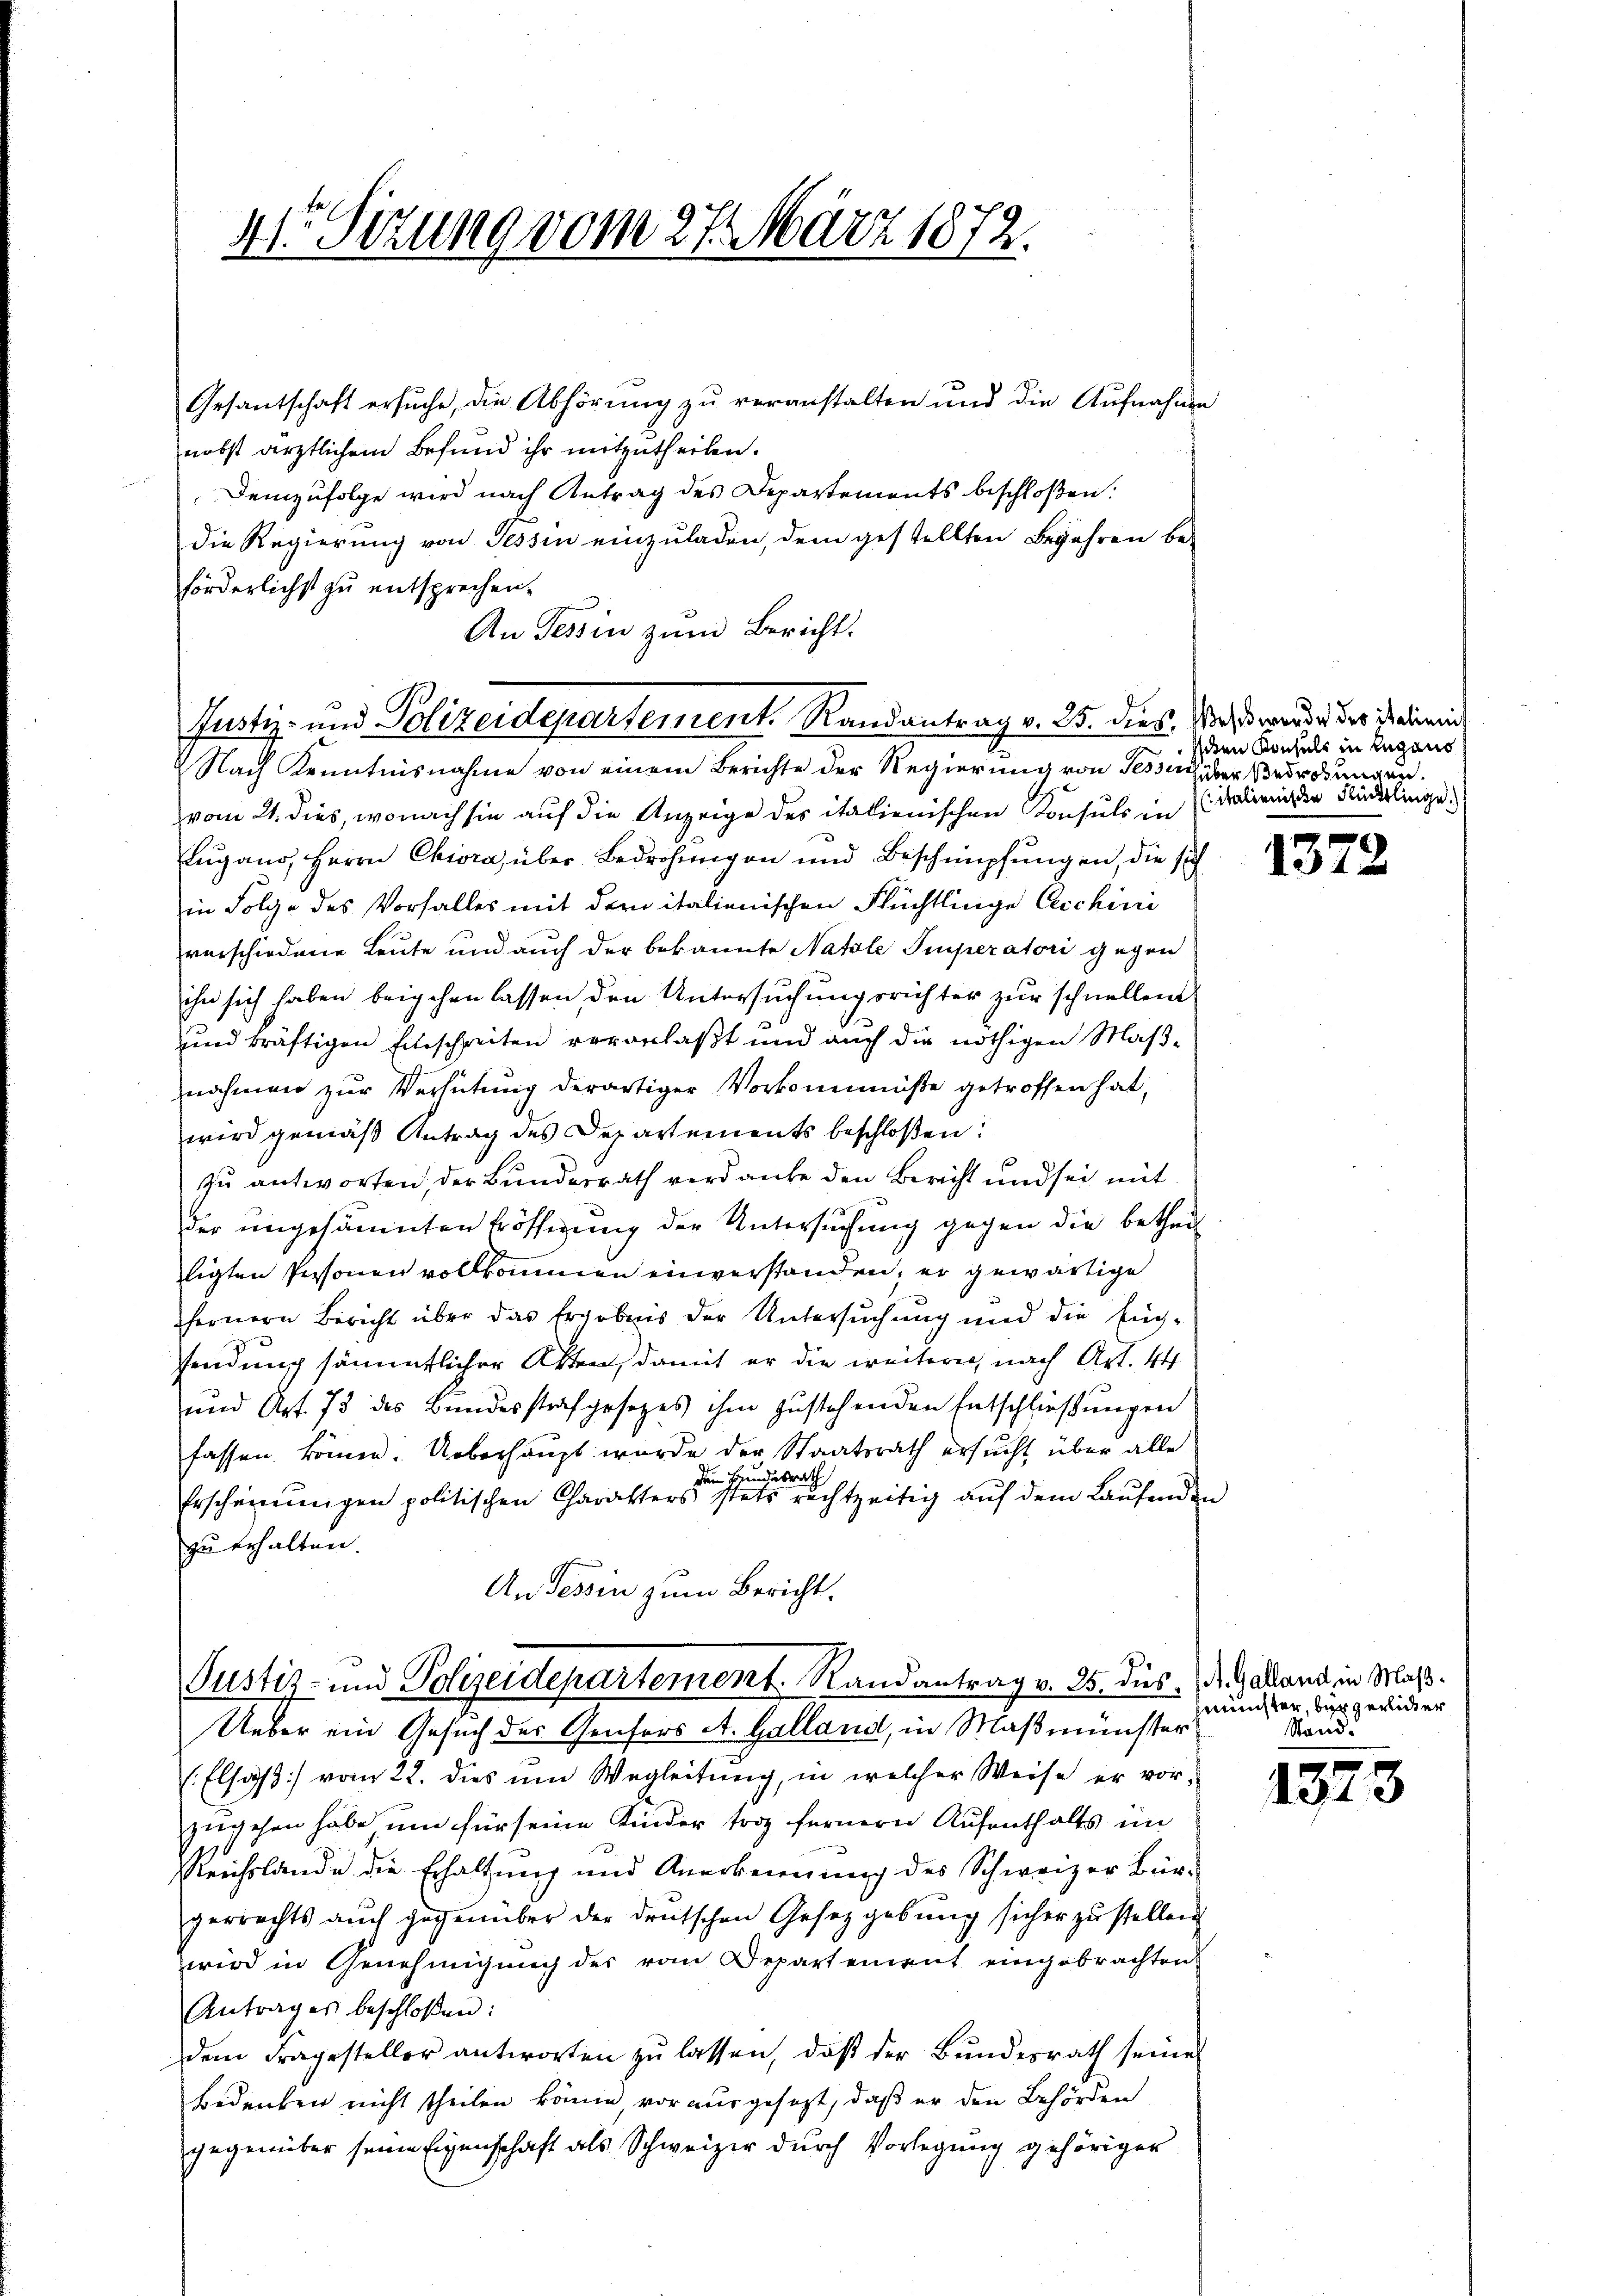
4te Sitzung vom 27. März 1872.

Gesantschaft ersuche, die Abhörung zu veranstalten und die Aufnahme
nobst ärztlichem Befund ihr mitzutheilen.
Demzufolge wird nach Antrag des Departements beschloßen:
die Regierung von Tessin einzuladen, dem gestellten Begehren be-
förderlichst zu entsprechen.
Nach Kenntnisnahme von einem Berichte der Regierung von Tessich über Bedrohungen.
vom 21. dies, wonach sie auf die Anzeige des italienischen Konsuls in
Eugano, Herrn Chira, über Bedrohungen und Beschimpfungen, die sich
in Folge des Vorfalles mit der italienischen Flüchtlinge leichini
verschiedene Leute und auch der bekannte Natale Imperatori gegen
ihn sich haben beigehen lassen, den Untersuchungsrichter zur schnellend
uund kräftigen Einschreiten veranlaßt und auch die nöthigen Maßnahmen zur Verhütung derartiger Vorkommniße getroffen hat,
wird gemäß Antrag des Departements beschloßen:
zu antworten, der Bundesrath verdanke den Bericht und sei mit
der ungesäumten Eröftigung der Untersuchung gegen die betheiligten Personen vollkommen einverstanden, er gewärtige
fernern Bericht über das Ergebnis der Untersuchung und die füg-
sendung sämmtlicher Akten, damit er die weiteres nach Art. 44
und Art. 75 des Bundesstrafgesetzes ihm zustehenden Entschließungen
fassen können. Ueberhaupt wurde der Staatsrath ersucht über alle
den Bundesrath
Erscheinungen politischen Charakters stets rechtzeitig aŭf dem Laŭfenden
zu erhalten.
An Tessin zum Bericht.

An Tessin zŭm Bericht.
Justiz- und Polizeidepartement. Randantrag v. 25. dies. Was werde des ist die nich

Justiz- und Polizeidepartement. Randantrag v. 25. dies d. Galland in Maß¬
Ueber ein Gesuch der Genfers A. Galland, in Maßmünster

ischen Konsuls in Lugano
( italienische Rücklinge.)

(Elsass vom 22. dies um Wegleitung, in welcher Weise er vor-
zugehen habe um für seine Kinder trotz fernern Aufenthalts im
Reichslande die Erhaltung und Anerbeinung des Schweizer Bürgerrechts auch gegenüber der deutschen Gesetzgebung sicher zu stellen
wird in Genehmigung des vom Departement eingebrachten
Antrages beschloßen:
dem Fragesteller antworten zu lassen, daß der Bundesrath seine
Bedenken nicht theilen könne vor ausgesezt, daß er den Behörden
gegenüber seine Eigenschaft als Schweizer durch Vorlegung gehöriger

1372

münster, bürgerlicher
Stand.

1373